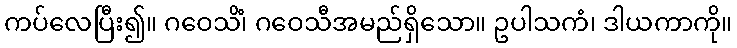
ကပ်လေပြီး၍။ ဂဝေသိံ၊ ဂဝေသီအမည်ရှိသော။ ဥပါသကံ၊ ဒါယကာကို။